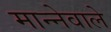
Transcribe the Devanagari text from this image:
मान्नेवाले